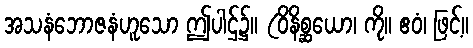
အသနံဘောဇနံဟူသော ဤပါဌ်၌။ (ဝိနိစ္ဆယော၊ ကို။ ဧဝံ၊ ဖြင့်။